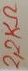
Text: 2,2KΩ